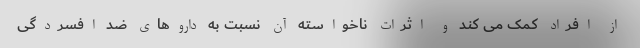
از افراد کمک می کند و اثرات ناخواسته آن نسبت به داروهای ضد افسردگی